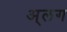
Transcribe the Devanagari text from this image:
अ्लग